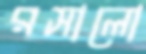
রসালো